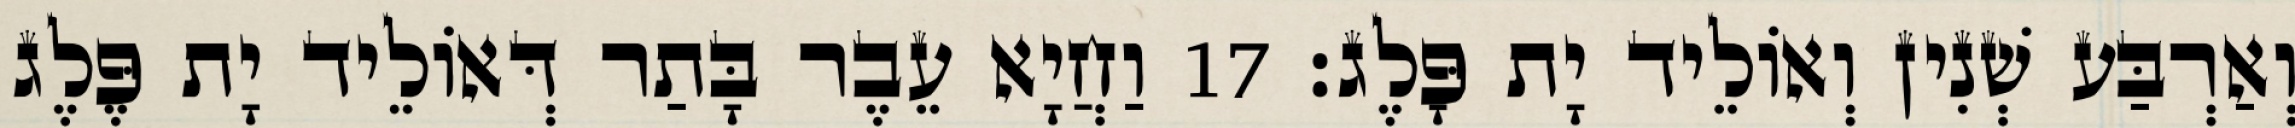
וְאַרְבַּע שְׁנִין וְאוֹלֵיד יָת פָּלֶג׃ 17 וַחֲיָא עֵבֶר בָּתַר דְּאוֹלֵיד יָת פֶּלֶג